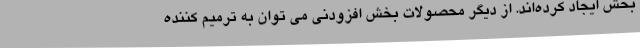
بخش ایجاد کرده‌اند. از دیگر محصولات بخش افزودنی می توان به ترمیم کننده